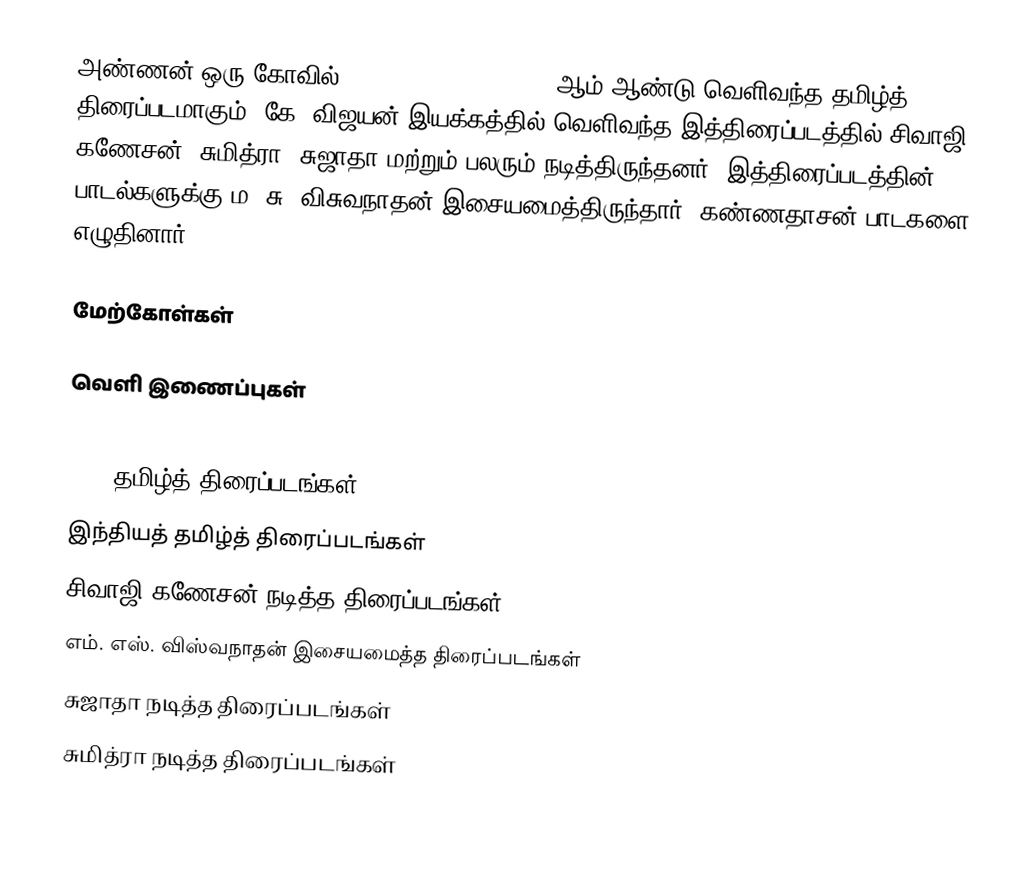
அண்ணன் ஒரு கோவில் (Annan Oru Koyil) 1977 ஆம் ஆண்டு வெளிவந்த தமிழ்த் திரைப்படமாகும். கே. விஜயன் இயக்கத்தில் வெளிவந்த இத்திரைப்படத்தில் சிவாஜி கணேசன், சுமித்ரா, சுஜாதா மற்றும் பலரும் நடித்திருந்தனர். இத்திரைப்படத்தின் பாடல்களுக்கு ம. சு. விசுவநாதன் இசையமைத்திருந்தார். கண்ணதாசன் பாடகளை எழுதினார்.

மேற்கோள்கள்

வெளி இணைப்புகள்

1977 தமிழ்த் திரைப்படங்கள்
இந்தியத் தமிழ்த் திரைப்படங்கள்
சிவாஜி கணேசன் நடித்த திரைப்படங்கள்
எம். எஸ். விஸ்வநாதன் இசையமைத்த திரைப்படங்கள்
சுஜாதா நடித்த திரைப்படங்கள்
சுமித்ரா நடித்த திரைப்படங்கள்